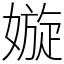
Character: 嫙